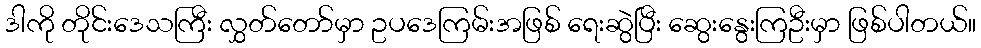
ဒါကို တိုင်းဒေသကြီး လွှတ်တော်မှာ ဥပဒေကြမ်းအဖြစ် ရေးဆွဲပြီး ဆွေးနွေးကြဦးမှာ ဖြစ်ပါတယ်။